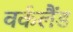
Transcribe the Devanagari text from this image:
वर्कलैंड